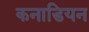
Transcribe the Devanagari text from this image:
कनाडियन